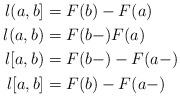
LaTeX: \begin{align*} l(a,b]&=F(b)-F(a)\\l(a,b)&=F(b-)F(a)\\l[a,b)&=F(b-)-F(a-)\\l[a,b]&=F(b)-F(a-)\end{align*}